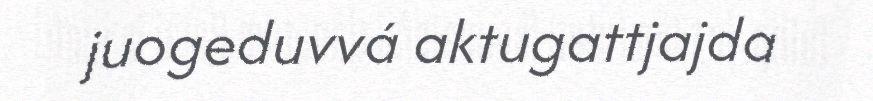
juogeduvvá aktugattjajda